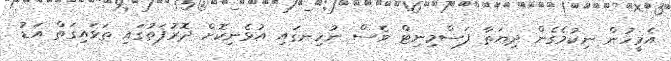
އެމީހުން ނިކުމެގެން ދިޔަތާ ފަސްމިނިޓް ވެސް ނުހިނގައި އުޅެނިކޮށް ދޮރުފަތުގައި ތަޅައިގަތް އަޑު